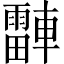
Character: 𬧾